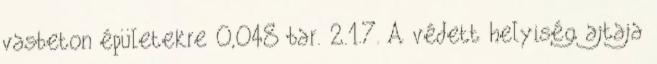
vasbeton épületekre 0,048 bar. 2.1.7. A védett helyiség ajtaja